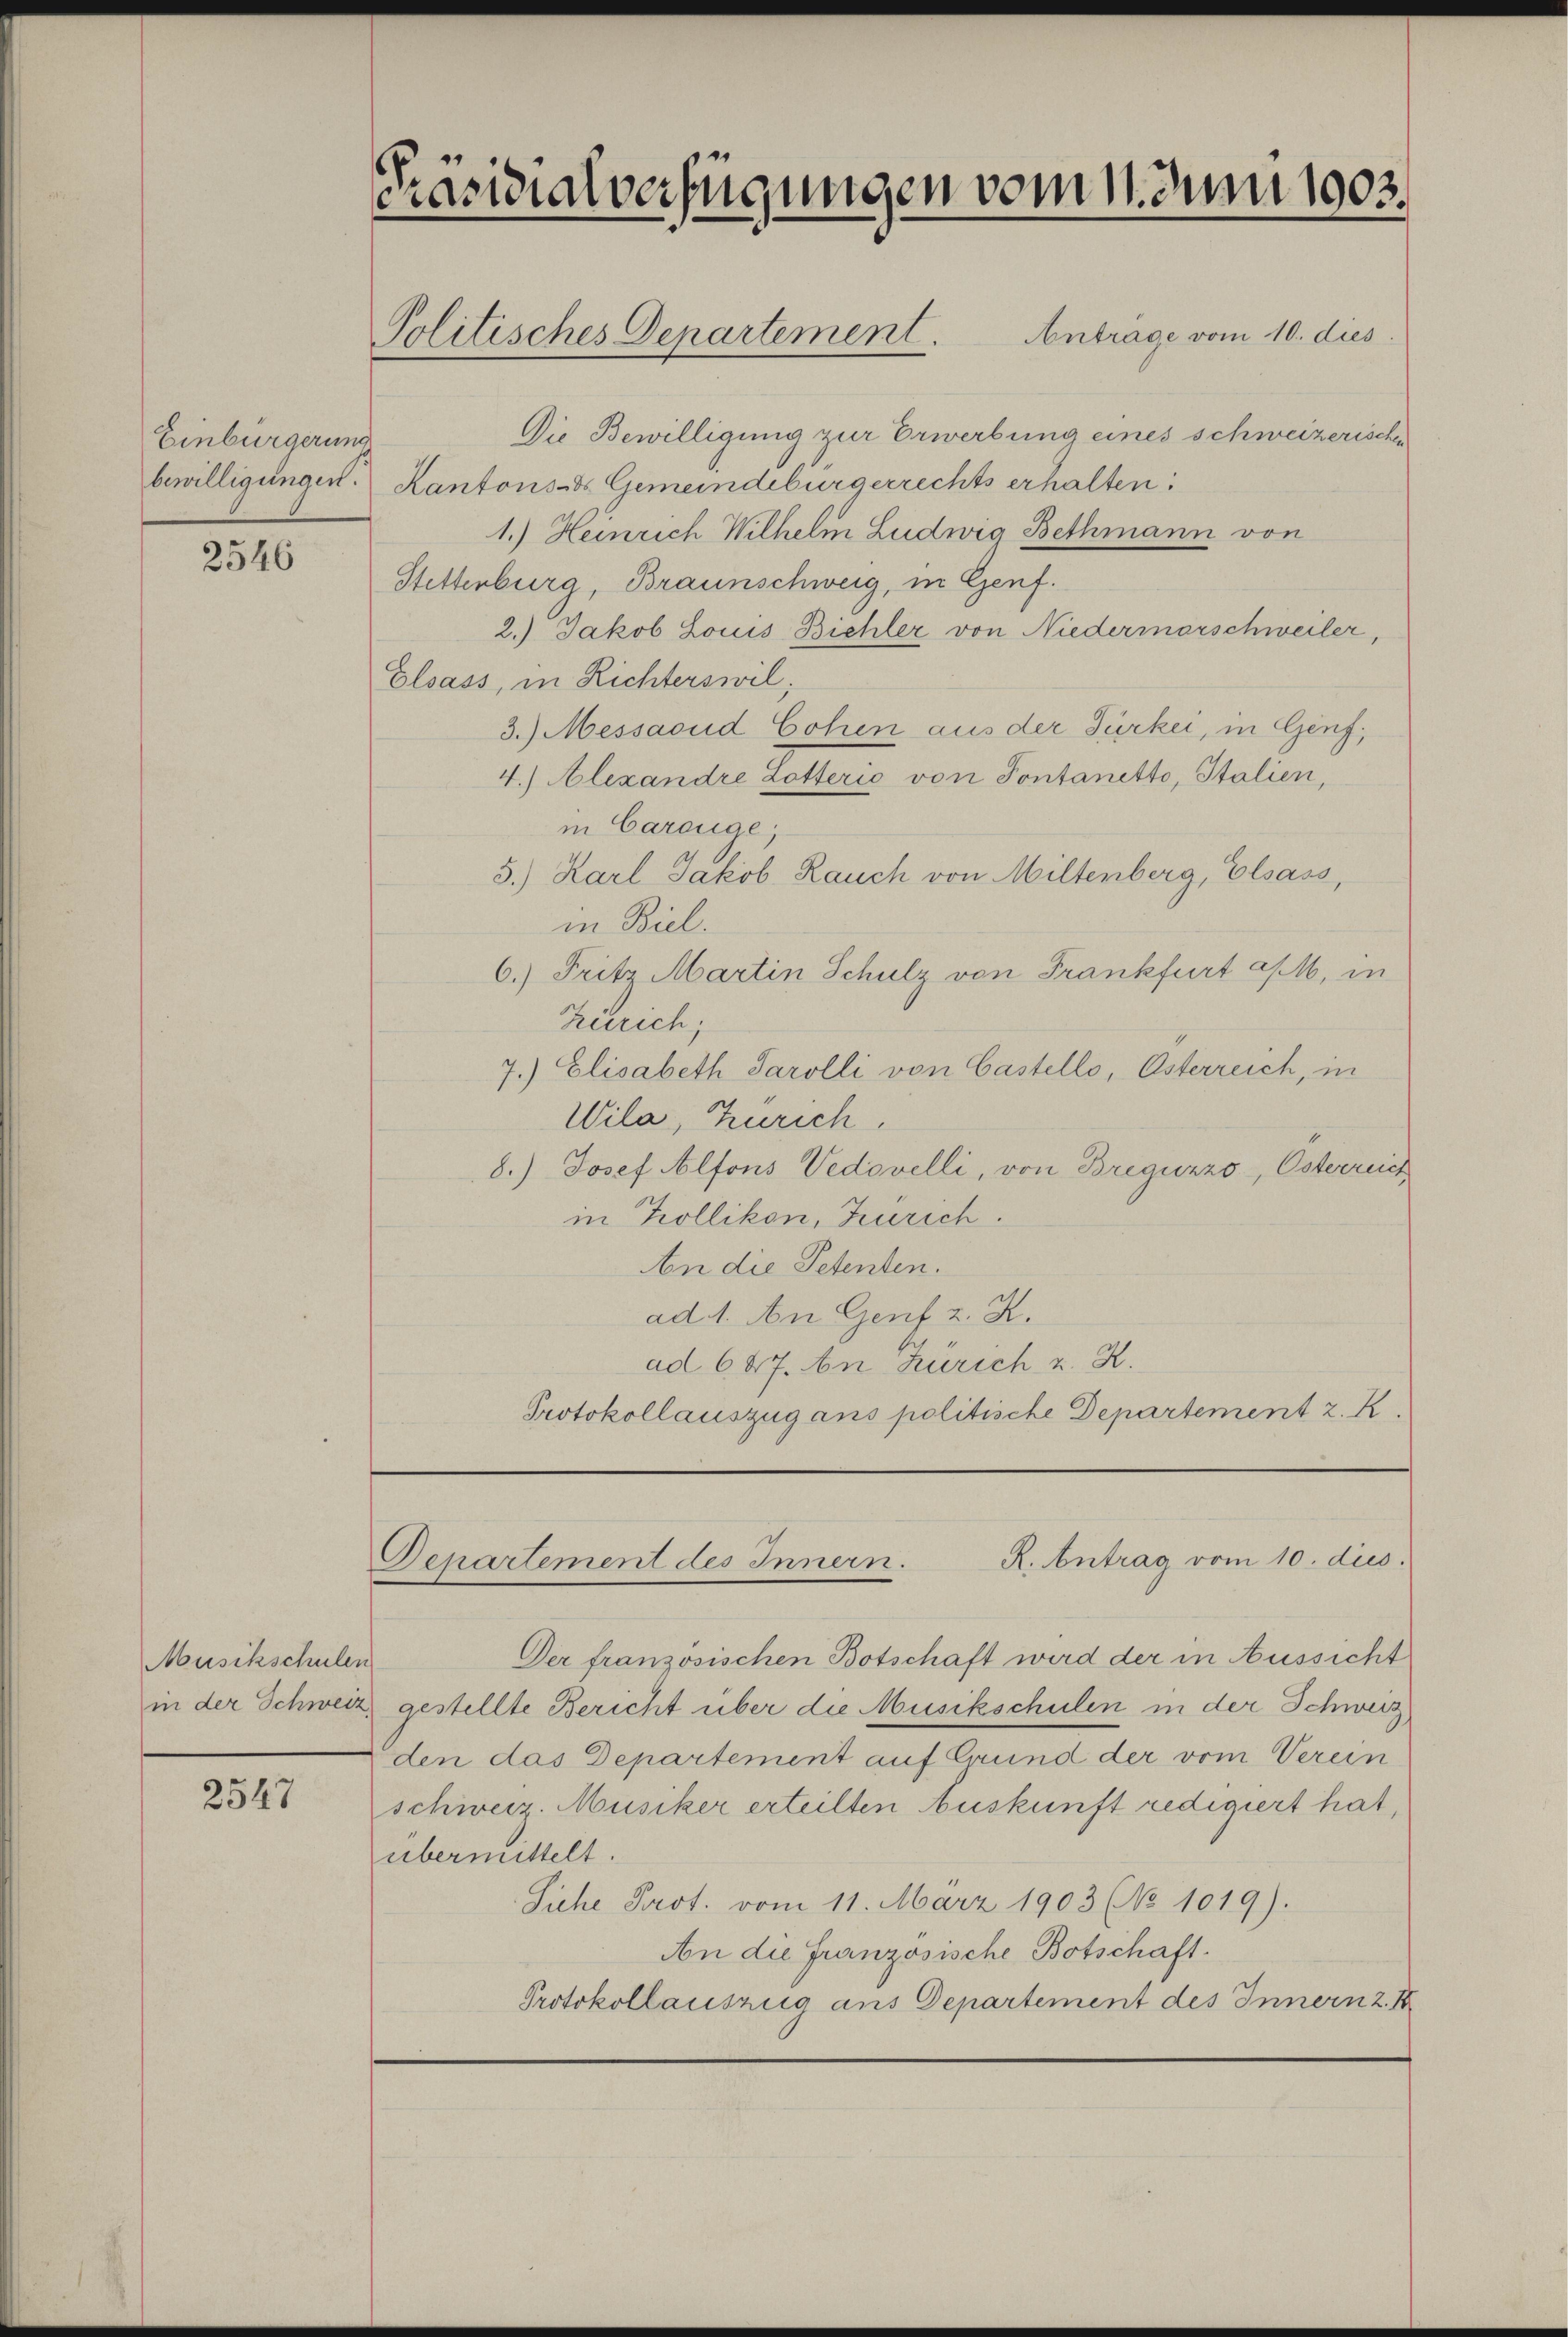
Einbürgerung
bewilligungen.

2546

Musikschulen
in der Schweiz

2547

Präsidialverfügungen vom 1. Juni 1903.

Politisches Departement. Anträge vom 10. dies

Die Bewilligung zur Erwerbung eines schweizerischen
Kantons- & Gemeindebürgerrechts erhalten:
1.) Heinrich Wilhelm Ludwig Bethmann von
Stettenburg, Braunschweig, in Genf.
2.) Jakob Louis Bichler von Niedermarschweiler,
Elsass, in Richterswil;
3.) Messaoud Cohen aus der Türker, in Genf,
4.) Alexandre Lotterić von Sontanetto, Italien,
in Careüge.
5.) Karl Jakob. Rauch von Miltenberg, Elsass,
in Biel.
6.) Fritz Martin Schulz von Frankfurt a/M. in
Zürich;
7.) Elisabeth Parolli von Castello, Österreich, in
Wila, Zürich.
8.) Josef Alfons Vedovelli, von Breguzzo, Osterreich
in Kollikon, Zürich.
An die Petenten.
ad 1. An Genf z. Z.
ad 647. In Zürich u. R.
Protokollauszug ans politische Departement z. K.

R. Antrag vom 10. dus.
Departement des Innern.

Der französischen Botschaft wird der in Aussicht
gestellte Bericht über die Musikschulen in der Schweiz,
den das Departement auf Grund der vom Verein
schweiz. Musiker erteilten Auskunft redigiert hat,
übermittelt.
Siche Prot. vom 11. März 1903 (No 1019).
An die Französische Botschaft.
Protokollauszug aus Departement des Innern z. K